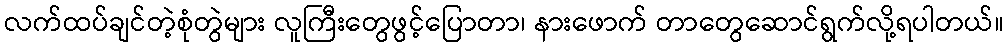
လက်ထပ်ချင်တဲ့စုံတွဲများ လူကြီးတွေဖွင့်ပြောတာ၊ နားဖောက် တာတွေဆောင်ရွက်လို့ရပါတယ်။